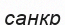
санкр